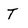
Character: T